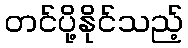
တင်ပို့နိုင်သည့်